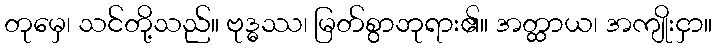
တုမှေ၊ သင်တို့သည်။ ဗုဒ္ဓဿ၊ မြတ်စွာဘုရား၏။ အတ္ထာယ၊ အကျိုးငှာ။